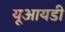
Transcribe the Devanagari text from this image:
यूआयडी